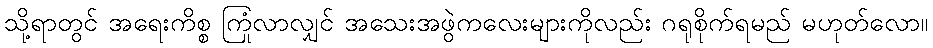
သို့ရာတွင် အရေးကိစ္စ ကြုံလာလျှင် အသေးအဖွဲကလေးများကိုလည်း ဂရုစိုက်ရမည် မဟုတ်လော။